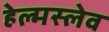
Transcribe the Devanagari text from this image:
हेल्मस्लेव